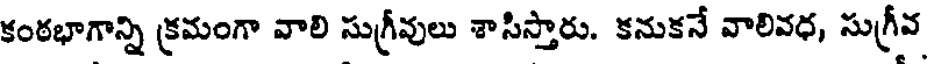
కంఠభాగాన్ని క్రమంగా వాలి సుగ్రీవులు శాసిస్తారు. కనుకనే వాలివధ, సుగ్రీవ